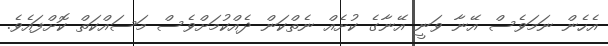
އެހެން ނަމަވެސް އޭނާ ވަނީ އޭނާގެ ކުށެއް ނެތްކަން ދެއްކުމަށްވެސް މަސައްކަތް ކޮށްފައެވެ.